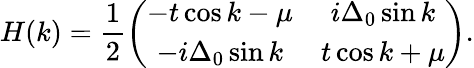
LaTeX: H(k)=\frac{1}{2}\left(\begin{array}{cc}{-t\cos k-\mu}&{i\Delta_{0}\sin k}\\ {-i\Delta_{0}\sin k}&{t\cos k+\mu}\end{array}\right).